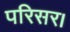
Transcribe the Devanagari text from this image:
परिसर।